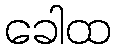
ခေါထ